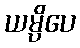
ယမ္ပိပေ